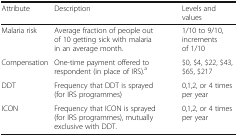
| Attribute | Description | Levels and values |
 | --- | --- | --- |
 | Malaria risk | Average fraction of people out of 10 getting sick with malaria in an average month. | 1/10 to 9/10, increments of 1/10 |
 | Compensation | One-time payment offered to respondent (in place of IRS).a | $0, $4, $22, $43, $65, $217 |
 | DDT | Frequency that DDT is sprayed (for IRS programmes) | 0,1,2, or 4 times per year |
 | ICON | Frequency that ICON is sprayed (for IRS programmes), mutually exclusive with DDT. | 0,1,2, or 4 times per year |